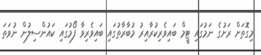
މިގޮތަށް ރަށުގެ ނަމުގައި ޓީމް ބައިވެރިކުރާއިރު މުބާރާތުގައި ބައިވެރިވާ ފޯމުގައި ކައުންސިލުން ނުވަތަ